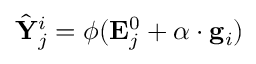
\hat { \mathbf { Y } } _ { j } ^ { i } = \phi ( \mathbf { E } _ { j } ^ { 0 } + \alpha \cdot \mathbf { g } _ { i } )